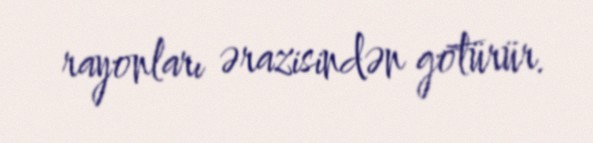
rayonları ərazisindən götürür.